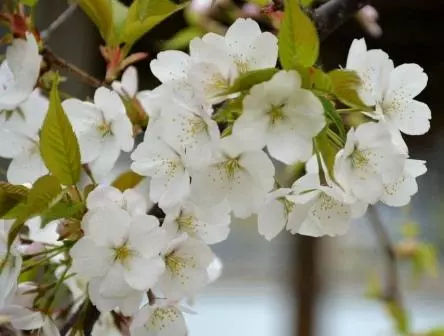
别来几春未还家，玉窗五见樱桃花。